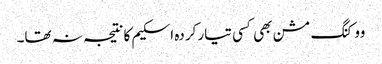
ووکنگ مشن بھی کسی تیار کردہ اسکیم کا نتیجہ نہ تھا۔